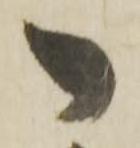
御